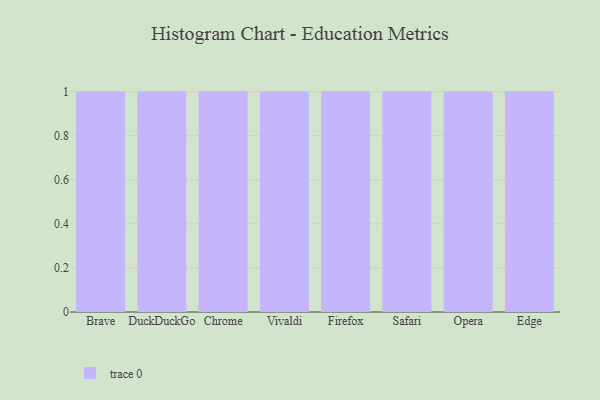
{"axis": {"x": "Browser", "y": "Latency (ms)"}, "legend": [""], "data": [{"x": "Brave", "y": 57, "type": ""}, {"x": "DuckDuckGo", "y": 12, "type": ""}, {"x": "Chrome", "y": 72, "type": ""}, {"x": "Vivaldi", "y": 65, "type": ""}, {"x": "Firefox", "y": 70, "type": ""}, {"x": "Safari", "y": 39, "type": ""}, {"x": "Opera", "y": 5, "type": ""}, {"x": "Edge", "y": 14, "type": ""}]}